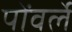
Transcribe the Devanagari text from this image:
पोंवर्ले